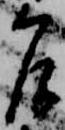
乍